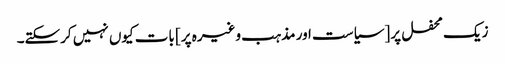
زیک محفل پر [سیاست اور مذہب وغیرہ پر] بات کیوں نہیں کرسکتے۔